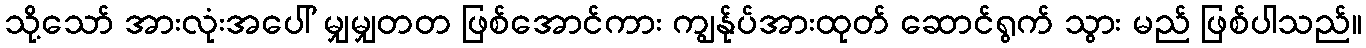
သို့သော် အားလုံးအပေါ် မျှမျှတတ ဖြစ်အောင်ကား ကျွန်ုပ်အားထုတ် ဆောင်ရွက် သွား မည် ဖြစ်ပါသည်။